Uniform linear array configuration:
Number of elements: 48
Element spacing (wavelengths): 0.5
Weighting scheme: hann
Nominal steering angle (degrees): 30
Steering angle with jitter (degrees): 28.371
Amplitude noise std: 0.05
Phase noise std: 0.05

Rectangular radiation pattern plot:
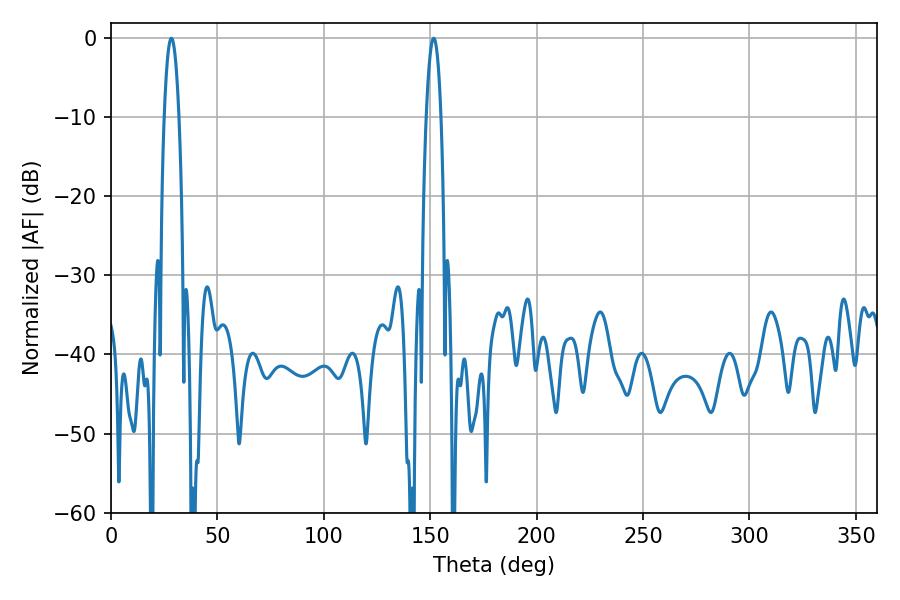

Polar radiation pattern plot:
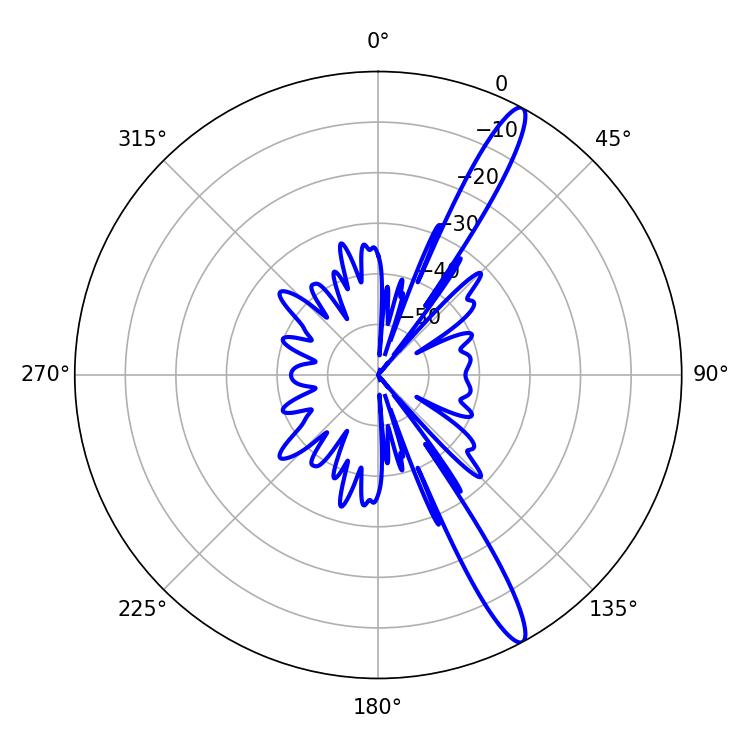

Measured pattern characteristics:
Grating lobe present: FALSE
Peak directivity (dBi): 14.617
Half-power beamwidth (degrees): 3.78
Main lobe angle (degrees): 151.56